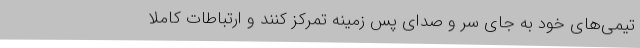
تیمی‌های خود به جای سر و صدای پس زمینه تمرکز کنند و ارتباطات کاملاً